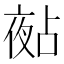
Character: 𡖵